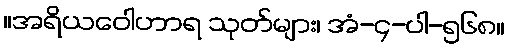
။အရိယဝေါဟာရ သုတ်များ၊ အံ-၄-ပါ-၅၆၈။